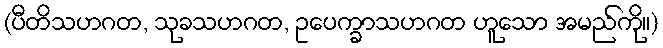
(ပီတိသဟဂတ, သုခသဟဂတ, ဥပေက္ခာသဟဂတ ဟူသော အမည်ကို။)